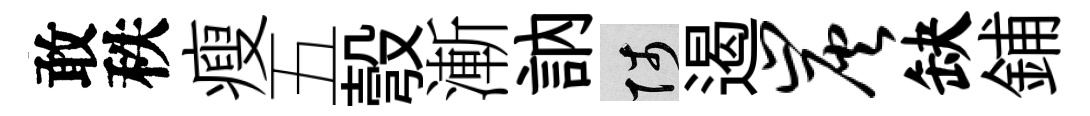
敢秩瘦五彀漸訥陟遏炭缺鋪